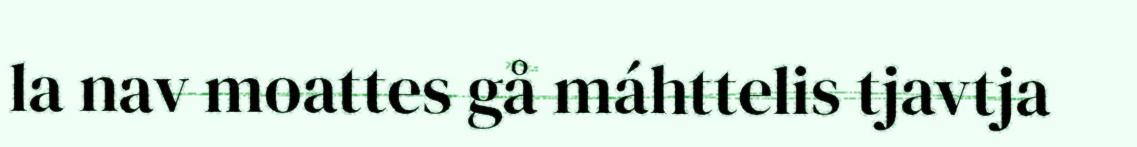
la nav moattes gå máhttelis tjavtja